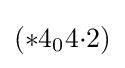
(*4_{0}4{\cdot }2)